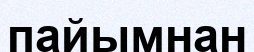
пайымнан